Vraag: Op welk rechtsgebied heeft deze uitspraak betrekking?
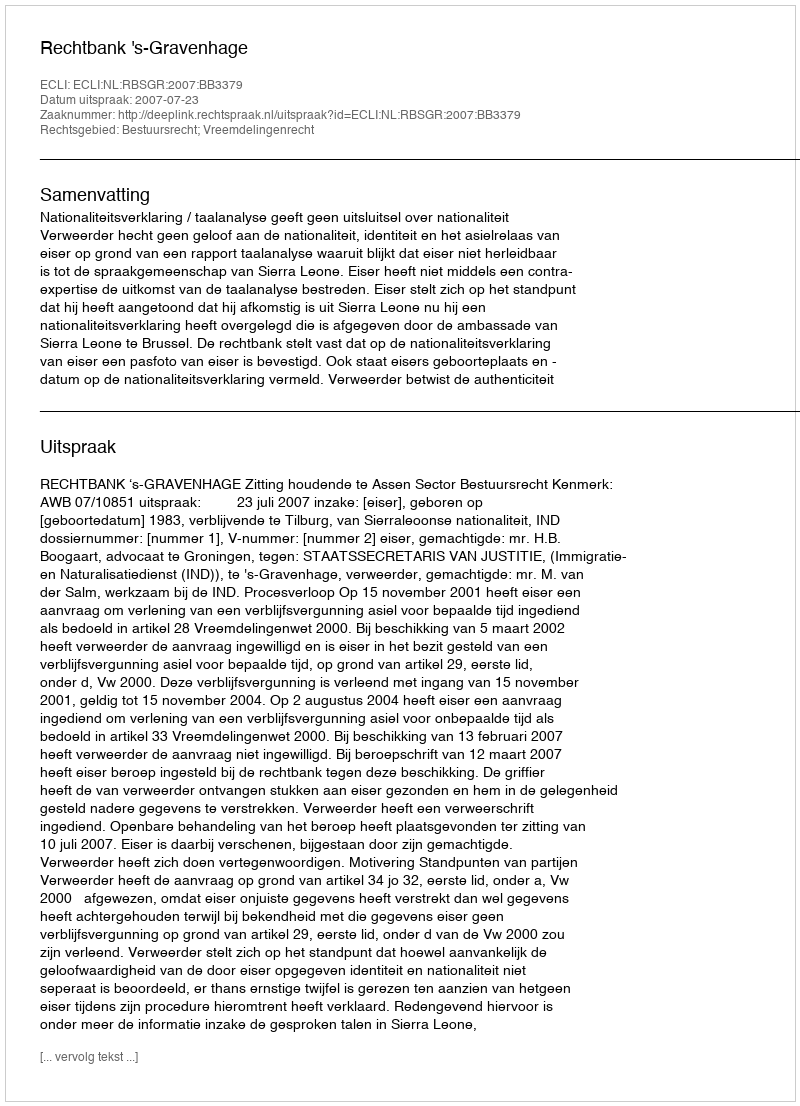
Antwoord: Bestuursrecht; Vreemdelingenrecht